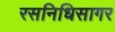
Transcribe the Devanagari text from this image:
रसनिधिसागर